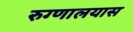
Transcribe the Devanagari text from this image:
रुग्णालयास